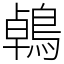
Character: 鵫